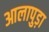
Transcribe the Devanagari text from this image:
आलापुड़ा